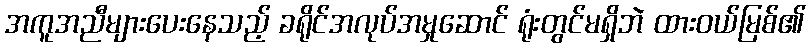
အကူအညီများပေးနေသည့် ခရိုင်အလုပ်အမှုဆောင် ရုံးတွင်မရှိဘဲ ထားဝယ်မြစ်၏